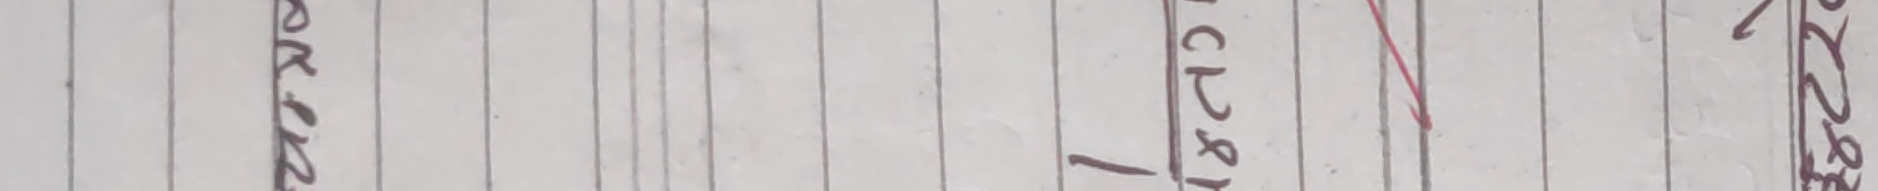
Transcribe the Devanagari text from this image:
ककाहरु